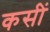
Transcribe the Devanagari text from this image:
कसीं